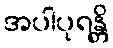
အပါပုရန္တိ